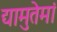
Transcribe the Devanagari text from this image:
द्यामुतेमां